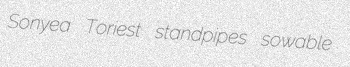
Sonyea Toriest standpipes sowable